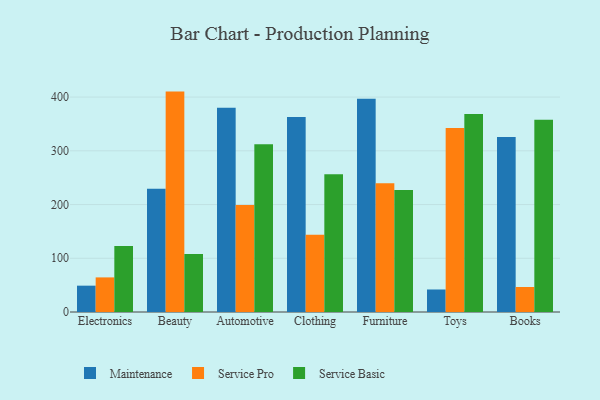
{"axis": {"x": "Category", "y": "Active Users"}, "legend": ["Maintenance", "Service Basic", "Service Pro"], "data": [{"x": "Electronics", "y": 49.0, "type": "Maintenance"}, {"x": "Electronics", "y": 64.4, "type": "Service Pro"}, {"x": "Electronics", "y": 122.7, "type": "Service Basic"}, {"x": "Beauty", "y": 229.5, "type": "Maintenance"}, {"x": "Beauty", "y": 410.2, "type": "Service Pro"}, {"x": "Beauty", "y": 107.8, "type": "Service Basic"}, {"x": "Automotive", "y": 380.2, "type": "Maintenance"}, {"x": "Automotive", "y": 199.2, "type": "Service Pro"}, {"x": "Automotive", "y": 312.0, "type": "Service Basic"}, {"x": "Clothing", "y": 362.8, "type": "Maintenance"}, {"x": "Clothing", "y": 143.8, "type": "Service Pro"}, {"x": "Clothing", "y": 256.6, "type": "Service Basic"}, {"x": "Furniture", "y": 397.1, "type": "Maintenance"}, {"x": "Furniture", "y": 239.7, "type": "Service Pro"}, {"x": "Furniture", "y": 226.9, "type": "Service Basic"}, {"x": "Toys", "y": 41.9, "type": "Maintenance"}, {"x": "Toys", "y": 342.4, "type": "Service Pro"}, {"x": "Toys", "y": 368.7, "type": "Service Basic"}, {"x": "Books", "y": 325.6, "type": "Maintenance"}, {"x": "Books", "y": 46.5, "type": "Service Pro"}, {"x": "Books", "y": 357.9, "type": "Service Basic"}]}